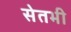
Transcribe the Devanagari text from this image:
सेतभी